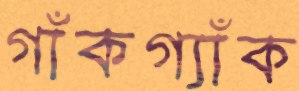
গাঁকগ্যাঁক